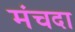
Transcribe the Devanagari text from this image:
मंचदा